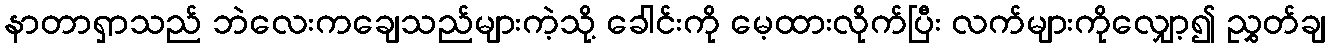
နာတာရှာသည် ဘဲလေးကချေသည်များကဲ့သို့ ခေါင်းကို မေ့ထားလိုက်ပြီး လက်များကိုလျှော့၍ ညွှတ်ချ